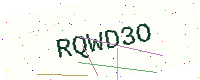
Text: RQWD3O